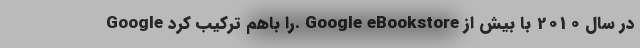
Google را باهم ترکیب کرد. Google eBookstore در سال 2010 با بیش از